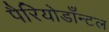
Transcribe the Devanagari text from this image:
पैरियोडाँन्टल